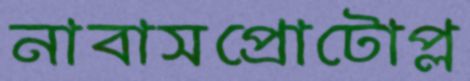
নাবাসপ্রোটোপ্ল